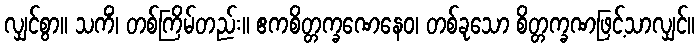
လျှင်စွာ။ သကိံ၊ တစ်ကြိမ်တည်း။ ဧကစိတ္တက္ခဏေနေဝ၊ တစ်ခုသော စိတ္တက္ခဏဖြင့်သာလျှင်။